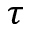
\tau